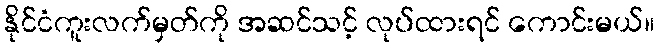
နိုင်ငံကူးလက်မှတ်ကို အဆင်သင့် လုပ်ထားရင် ကောင်းမယ်။